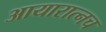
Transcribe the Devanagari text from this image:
आयारात्नच